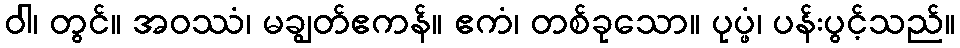
ဝါ၊ တွင်။ အဝဿံ၊ မချွတ်ဧကန်။ ဧကံ၊ တစ်ခုသော။ ပုပ္ဖံ၊ ပန်းပွင့်သည်။